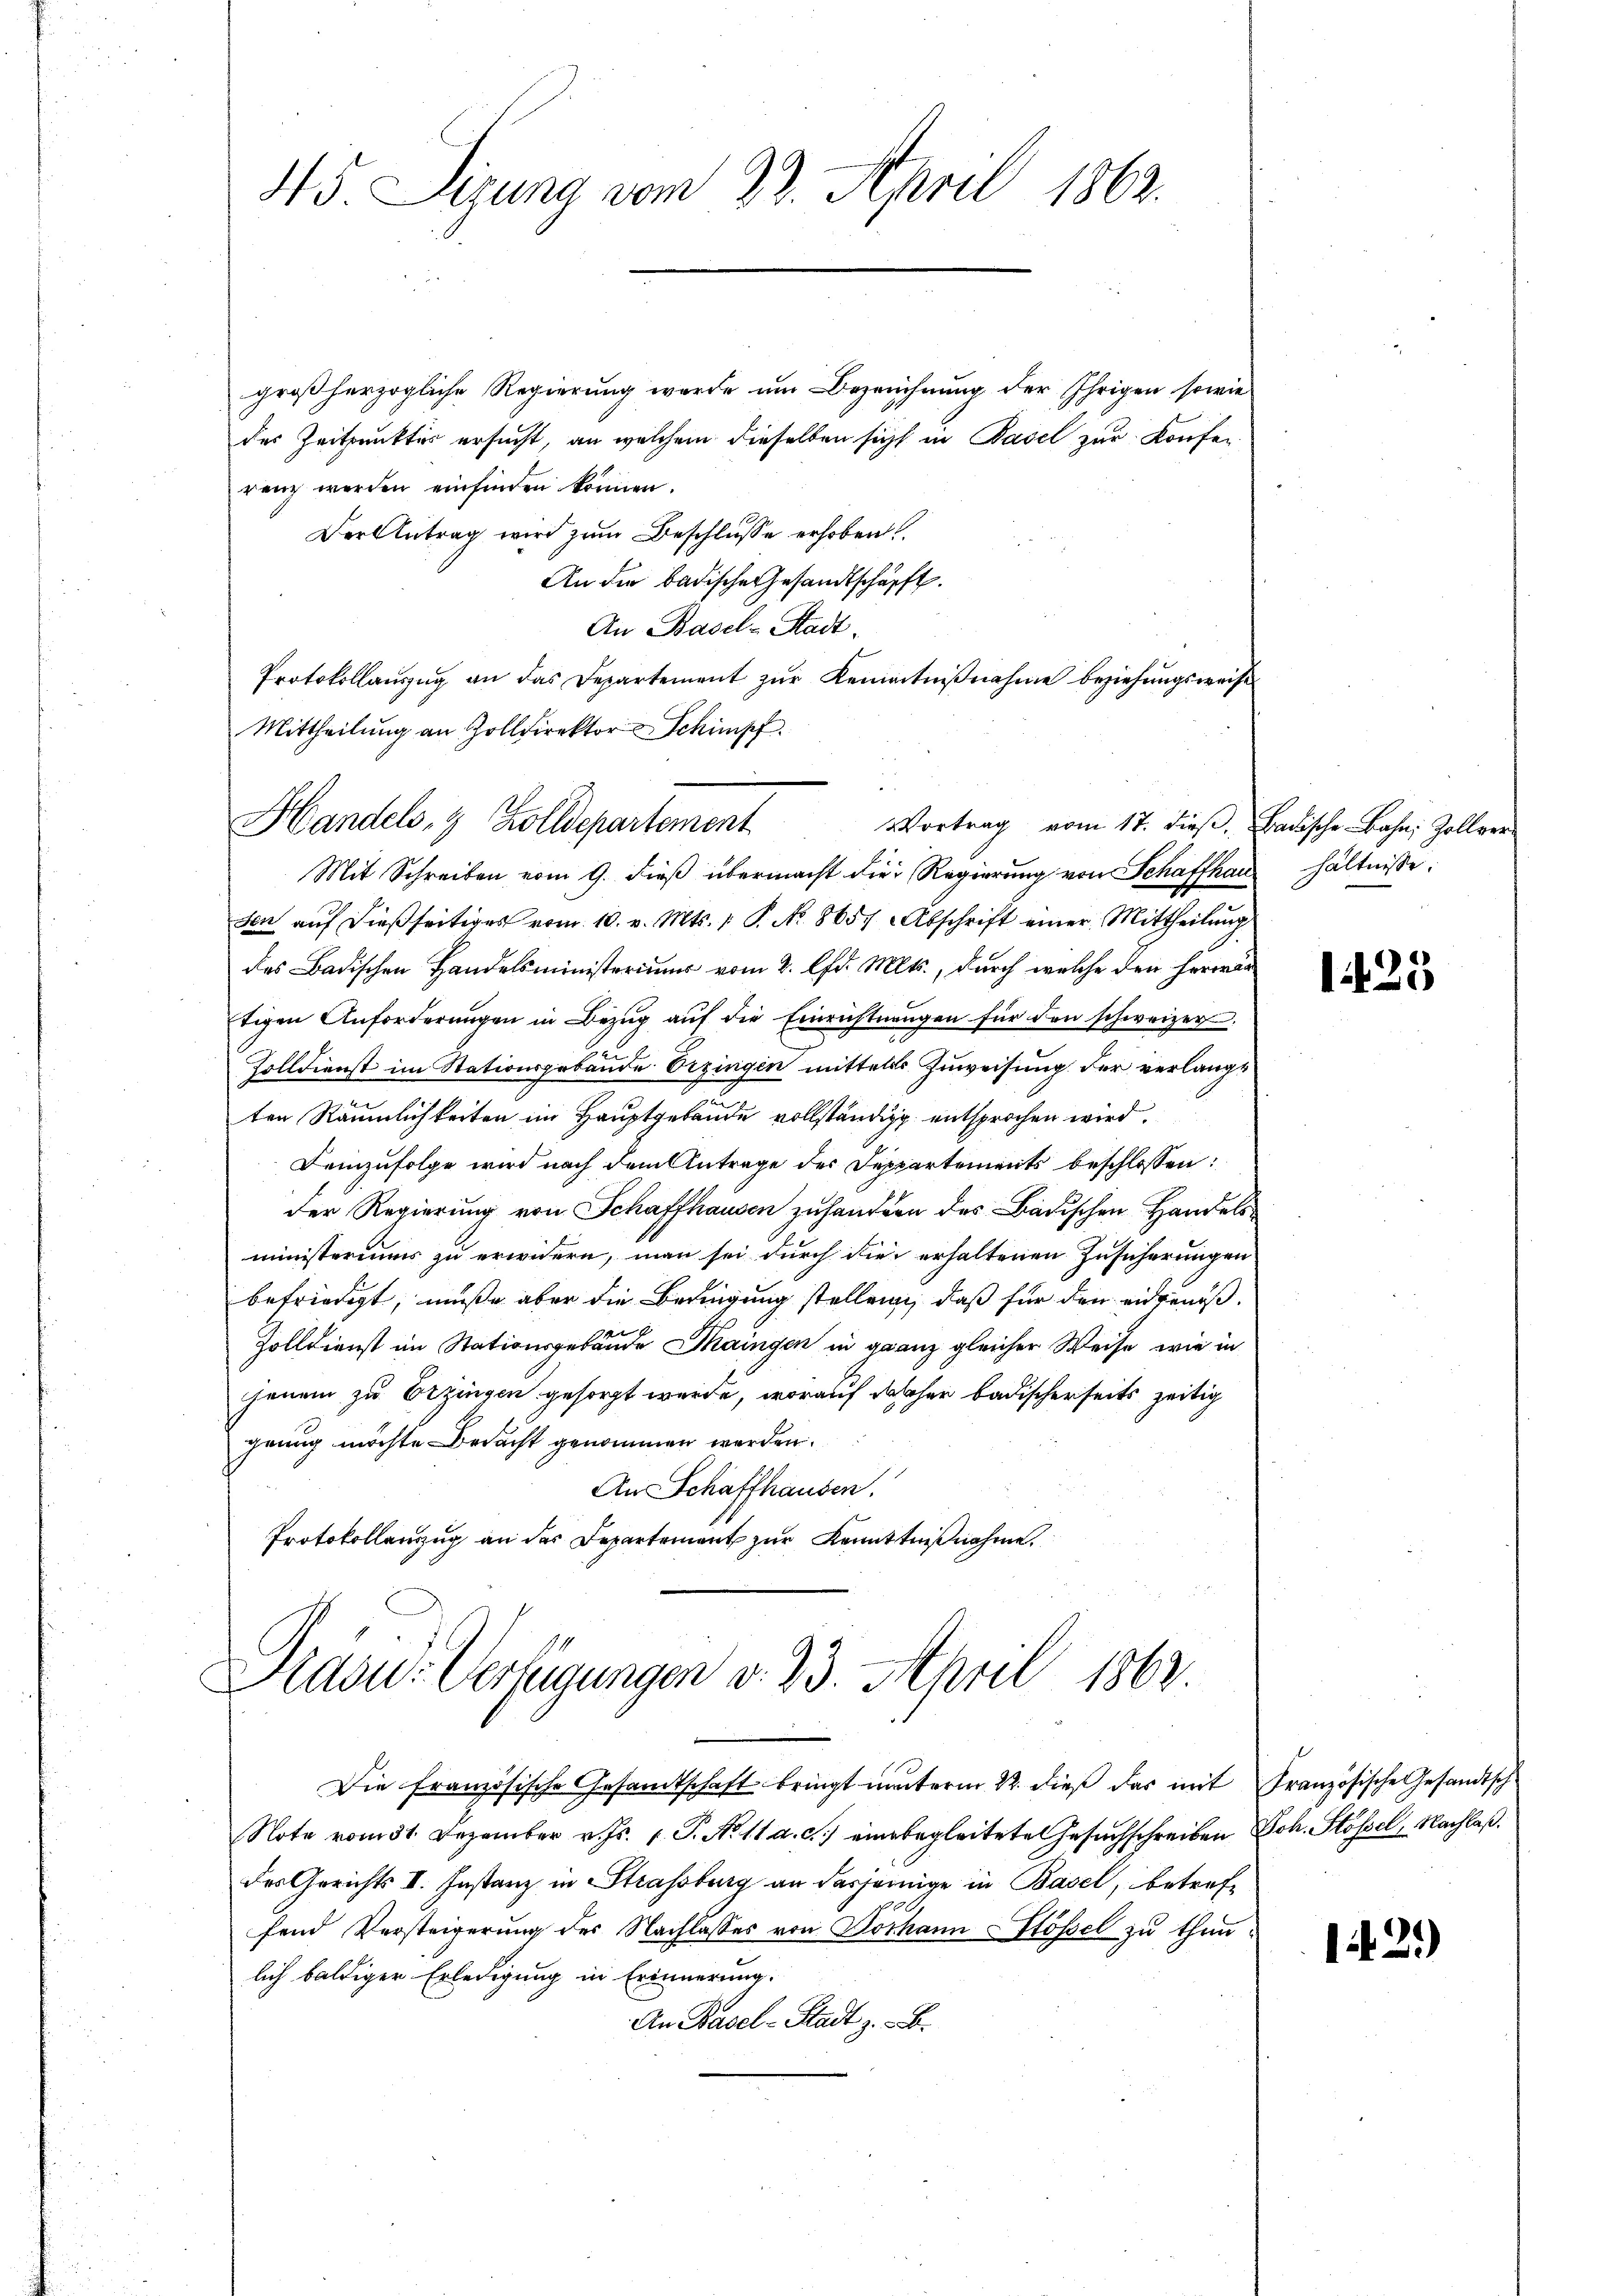
großherzogliche Regierung wurde um Bezeichnung der Ihrigen sowie
des Zeitpunktes ersucht, an welchem dieselben sicht in Basel zur Konfer
renz werden einfinden können.
Der Antrag wird zum Beschlusse erhoben
An die badische Gesandtschäfft.
An Basel-Stadt.
Protokollauszug an das Departement zur Kenntnißnahme beziehungsweise
Mittheilung an Zolldirektor Schimpf.
Handels- & Zolldepartement
Vortrag vom 17. dieβ, Badische Bahn, Zollver¬
Mit Schreiben vom 9. dieß übermacht die Regierung von Schaffhaus hältnisse.
sen aŭf dießseitiges vom 10. v. Mts. 1. P. No. 8657 Abschrift einer Mittheilŭng
des Badischen Handelsministeriums vom 2. lfd. Mts., durch welche den herwärtigen Anforderŭngen in Bezŭg aŭf die Einrichtungen für den schweizer
Zolldienst im Stationsgebäude Erzingen mittels Zuweisung der verlangt
ten Räumlichkeiten im Hauptgebäude vollständig entsprochen wird.
demzufolge wird nach dem Antrage der Deppartements beschlossen:
der Regierung von Schaffhausen zuhandern des Badischen Handelsministeriums zu erwidern, man sei durch die erhaltenen Zusicherungen
befriedigt, müße aber die Bedingung stellen, daß für den eidgenoßt
Zolldienst im Stationsgebäude Maingen in ganz gleicher Weise, wie in
jenem zu Erzingen gesorgt wurde, worauf das her badischerseits zeitig
genug möchte Bedacht genommen werden.
An Schaffhausen.
Protokollenzug an des Departement zur Kenntnißnahme.

45. Sigung vom 23. April 1862.

Pradu- Verfügungen v. 23. April 1862.

Die Französische Gesamtschaft bringt unterm 22. dieß das mit Französische Gesandtsch.
Note vom 31. Dezember v. Js. 1. P. No 11 a. c. einbegleitete Gesuchschreiben Joh. Stossel, Nachlaßdes Gerichts II. Instanz in Strassburg an dasjenige in Basel, betreffend Versteigerung des Nachlasses von Dothann Stössel zu thunlich baldiger Erledigung in Erinnerung.
An Basel-Stadt z. B.

1425

1429)